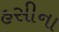
હસીના